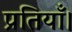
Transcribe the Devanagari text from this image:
प्रतियाँ।